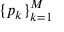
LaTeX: \{ p _ { k } \} _ { k = 1 } ^ { M }